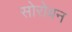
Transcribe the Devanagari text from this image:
सोरोबन